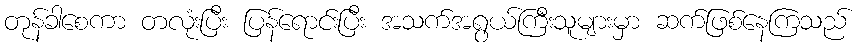
တုန်ခါစေကာ တလုံးပြီး ပြန်ရောင်းပြီး အသက်အရွယ်ကြီးသူများမှာ ဆက်ဖြစ်နေကြသည်